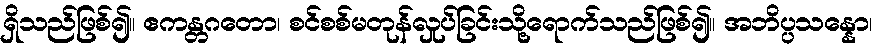
ရှိသည်ဖြစ်၍။ ဧကန္တဂတော၊ စင်စစ်မတုန်လှုပ်ခြင်းသို့ရောက်သည်ဖြစ်၍။ အဘိပ္ပသန္နော၊